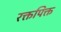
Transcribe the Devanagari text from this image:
रक्तपिक्त